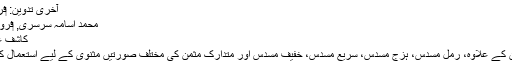
آخری تدوین: ‏فروری 5, 2015
محمد اسامہ سَرسَری, ‏فروری 25, 2013
کاشف عمران نے کہا: ↑
بحر متقارب مثمن کے علاوہ، رمل مسدس، ہزج مسدس، سریع مسدس، خفیف مسدس اور متدارک مثمن کی مختلف صورتیں مثنوی کے لیے استعمال کی جاتی رہی ہیں۔